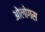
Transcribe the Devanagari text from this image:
ओलोगस